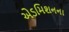
એડમિશનના